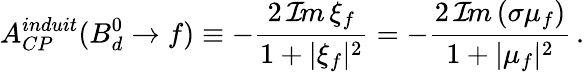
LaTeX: A_{CP}^{induit}(B_{d}^{0}\to f)\equiv-\frac{2\, {\cal I}\! m\, \xi_{f}}{1+|\xi_{f}|^{2}}=-\frac{2\, {\cal I}\! m\, (\sigma\mu_{f})}{1+|\mu_{f}|^{2}}\, .